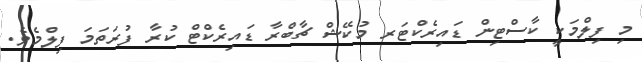
މި ފިލްމަކީ ކާސްޓިން ޑައިރެކްޓަރ މުކޭޝް ޗާބްރާ ޑައިރެކްޓް ކުރާ ފުރަތަމަ ފިލްމެވެ.